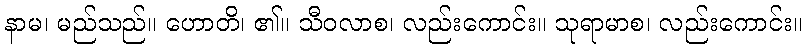
နာမ၊ မည်သည်။ ဟောတိ၊ ၏။ သီဝလာစ၊ လည်းကောင်း။ သုရာမာစ၊ လည်းကောင်း။